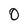
Character: 0